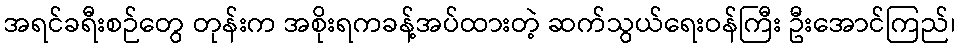
အရင်ခရီးစဉ်တွေ တုန်းက အစိုးရကခန့်အပ်ထားတဲ့ ဆက်သွယ်ရေးဝန်ကြီး ဦးအောင်ကြည်၊